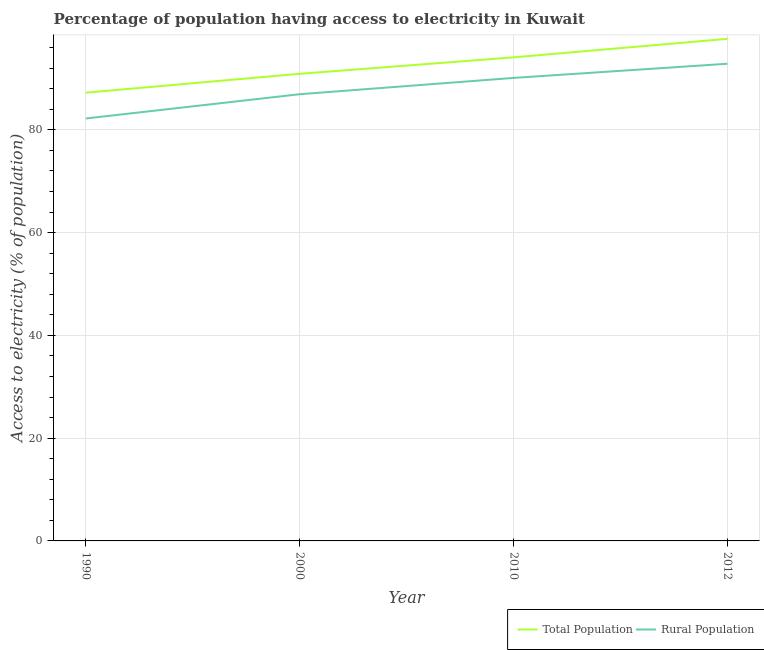
| Year | Total Population | Rural Population |
 | --- | --- | --- |
 | 1990 | 87.2 | 82.2 |
 | 2000 | 90.9 | 86.9 |
 | 2010 | 94.1 | 90.1 |
 | 2012 | 97.7 | 92.9 |